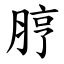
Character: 脝